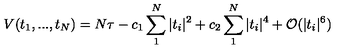
V ( t _ { 1 } , . . . , t _ { N } ) = N \tau - c _ { 1 } \sum _ { 1 } ^ { N } | t _ { i } | ^ { 2 } + c _ { 2 } \sum _ { 1 } ^ { N } | t _ { i } | ^ { 4 } + { \cal { O } } ( | t _ { i } | ^ { 6 } )